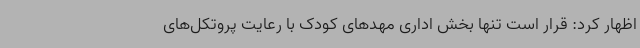
اظهار کرد: قرار است تنها بخش اداری مهدهای کودک با رعایت پروتکل‌های